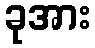
ခုအား